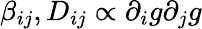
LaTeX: \beta_{ij},D_{ij}\propto\partial_{i}g\partial_{j}g